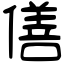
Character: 僐